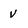
Character: V